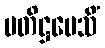
ပတိဋ္ဌပေသိံ